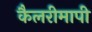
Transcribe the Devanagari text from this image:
कैलरीमापी